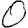
Digit: 0